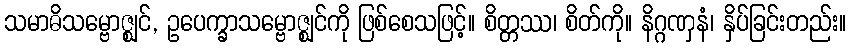
သမာဓိသမ္ဗောဇ္ဈင်, ဥပေက္ခာသမ္ဗောဇ္ဈင်ကို ဖြစ်စေသဖြင့်။ စိတ္တဿ၊ စိတ်ကို။ နိဂ္ဂဏှနံ၊ နှိပ်ခြင်းတည်း။